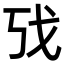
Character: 𫻦